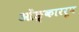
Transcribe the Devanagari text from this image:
ओंङ्काररूप